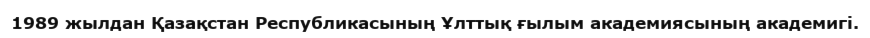
1989 жылдан Қазақстан Республикасының Ұлттық ғылым академиясының академигі.